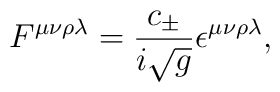
F^{\mu\nu\rho\lambda} = \frac{c_\pm}{i \sqrt{g}}\epsilon^{\mu\nu\rho\lambda},